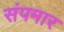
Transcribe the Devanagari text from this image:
संपमार